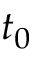
t _ { 0 }